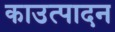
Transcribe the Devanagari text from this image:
काउत्पादन